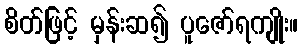
စိတ်ဖြင့် မှန်းဆ၍ ပူဇော်ရကျိုး။